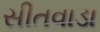
સીતવાડા